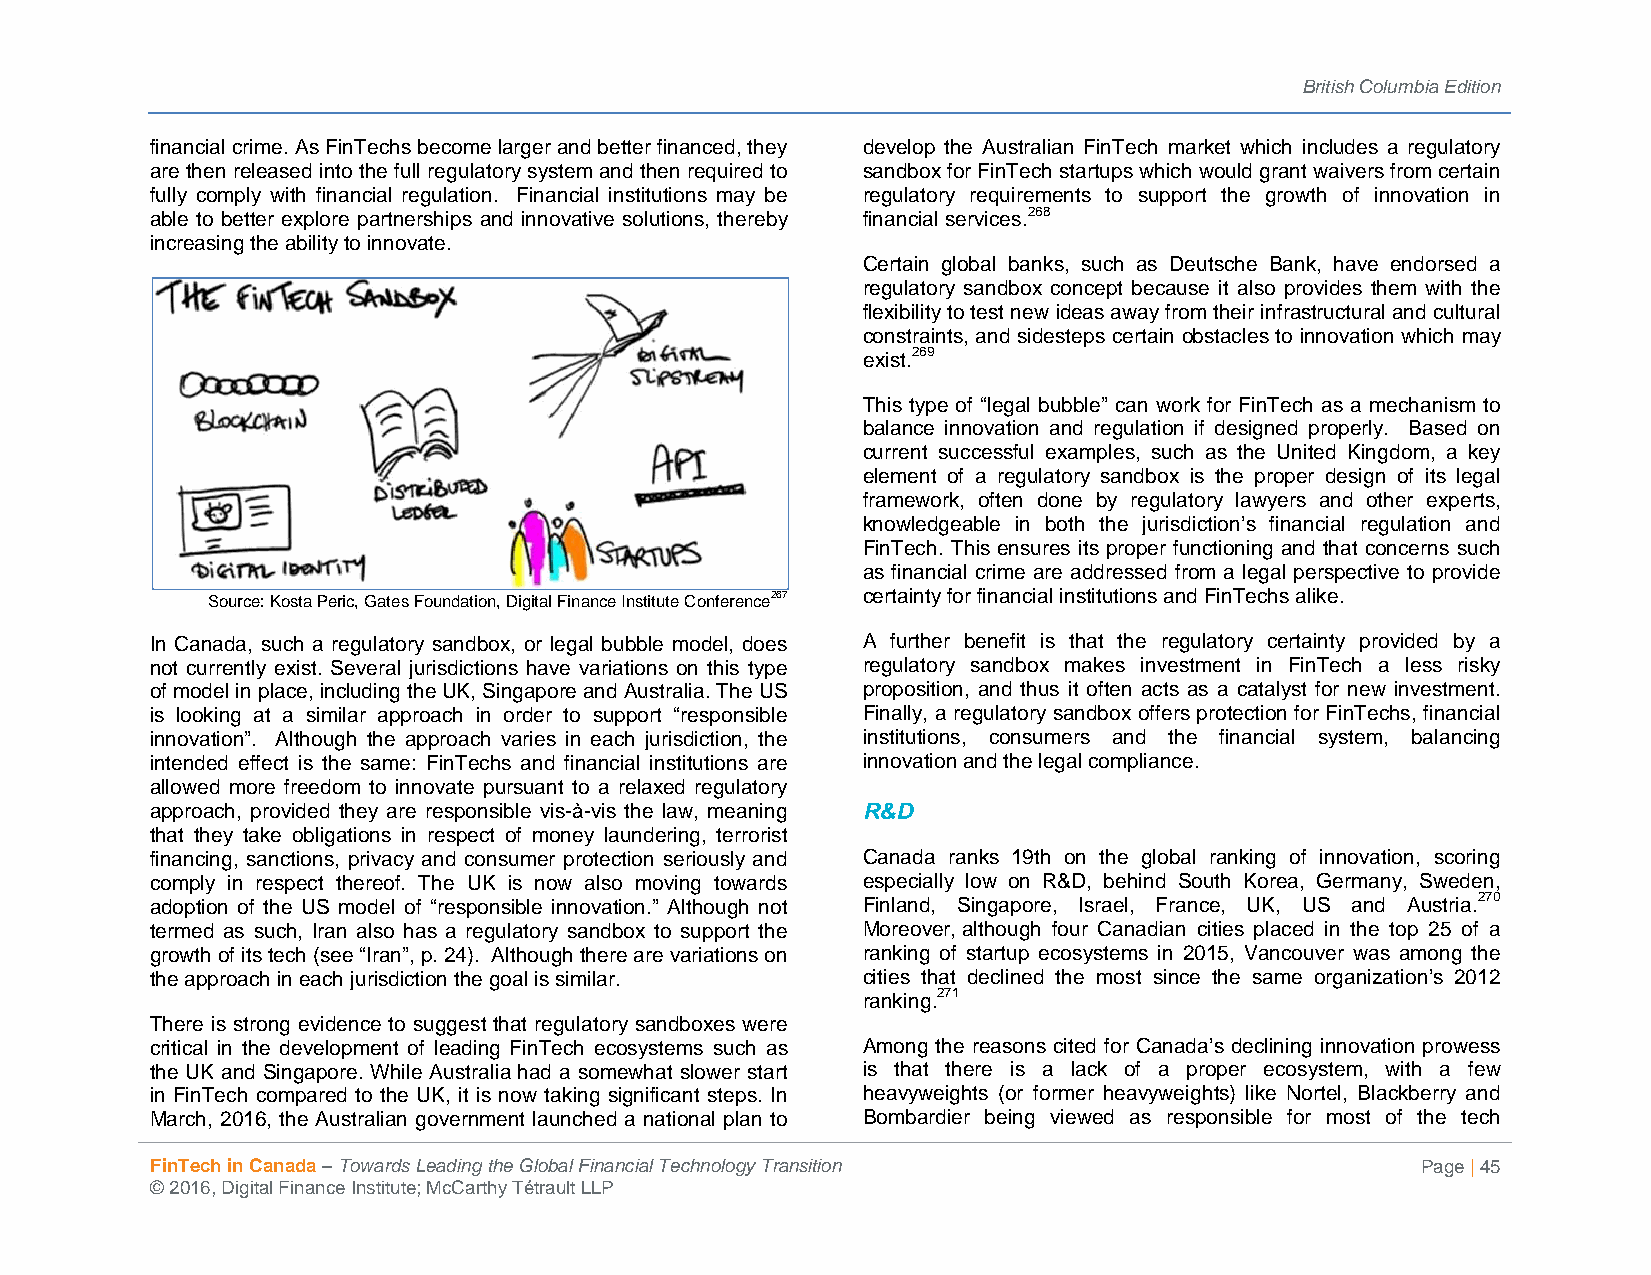
British Columbia Edition
 financial crime. As FinTechs become larger and better financed, they develop the Australian FinTech market which includes a regulatory
 are then released into the full regulatory system and then required to sandbox for FinTech startups which would grant waivers from certain
 fully comply with financial regulation. Financial institutions may be regulatory requirements to support the growth of innovation in
 able to better explore partnerships and innovative solutions, thereby financial services.268
 increasing the ability to innovate.
 Certain global banks, such as Deutsche Bank, have endorsed a
 regulatory sandbox concept because it also provides them with the
 flexibility to test new ideas away from their infrastructural and cultural
 constraints, and sidesteps certain obstacles to innovation which may
 exist.269
 This type of “legal bubble” can work for FinTech as a mechanism to
 balance innovation and regulation if designed properly. Based on
 current successful examples, such as the United Kingdom, a key
 element of a regulatory sandbox is the proper design of its legal
 framework, often done by regulatory lawyers and other experts,
 knowledgeable in both the jurisdiction’s financial regulation and
 FinTech. This ensures its proper functioning and that concerns such
 as financial crime are addressed from a legal perspective to provide
 Source: Kosta Peric, Gates Foundation, Digital Finance Institute Conference267 certainty for financial institutions and FinTechs alike.
 In Canada, such a regulatory sandbox, or legal bubble model, does A further benefit is that the regulatory certainty provided by a
 not currently exist. Several jurisdictions have variations on this type regulatory sandbox makes investment in FinTech a less risky
 of model in place, including the UK, Singapore and Australia. The US proposition, and thus it often acts as a catalyst for new investment.
 is looking at a similar approach in order to support “responsible Finally, a regulatory sandbox offers protection for FinTechs, financial
 innovation”. Although the approach varies in each jurisdiction, the institutions, consumers and the financial system, balancing
 intended effect is the same: FinTechs and financial institutions are innovation and the legal compliance.
 allowed more freedom to innovate pursuant to a relaxed regulatory
 approach, provided they are responsible vis-à-vis the law, meaning R&D
 that they take obligations in respect of money laundering, terrorist
 financing, sanctions, privacy and consumer protection seriously and Canada ranks 19th on the global ranking of innovation, scoring
 comply in respect thereof. The UK is now also moving towards especially low on R&D, behind South Korea, Germany, Sweden,
 adoption of the US model of “responsible innovation.” Although not Finland, Singapore, Israel, France, UK, US and Austria.270
 termed as such, Iran also has a regulatory sandbox to support the Moreover, although four Canadian cities placed in the top 25 of a
 growth of its tech (see “Iran”, p. 24). Although there are variations on ranking of startup ecosystems in 2015, Vancouver was among the
 the approach in each jurisdiction the goal is similar. cities that declined the most since the same organization’s 2012
 ranking.271
 There is strong evidence to suggest that regulatory sandboxes were
 critical in the development of leading FinTech ecosystems such as Among the reasons cited for Canada’s declining innovation prowess
 the UK and Singapore. While Australia had a somewhat slower start is that there is a lack of a proper ecosystem, with a few
 in FinTech compared to the UK, it is now taking significant steps. In heavyweights (or former heavyweights) like Nortel, Blackberry and
 March, 2016, the Australian government launched a national plan to Bombardier being viewed as responsible for most of the tech
 FinTech in Canada – Towards Leading the Global Financial Technology Transition      Page | 45
 © 2016, Digital Finance Institute; McCarthy Tétrault LLP